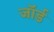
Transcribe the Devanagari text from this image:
जॉर्ड